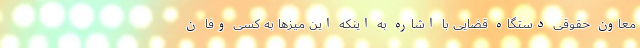
معاون حقوقی دستگاه قضایی با اشاره به اینکه این میزها به کسی وفا ن